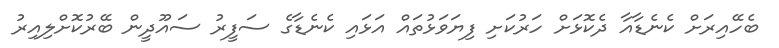
ބެހޭއިރަށް ކެނެޑާއާ ދެކޮޅަށް ހަރުކަށި ފިޔަވަޅުތައް އަޅައި ކެނެޑާގެ ސަފީރު ސައޫދީން ބޭރުކޮށްލިއިރު